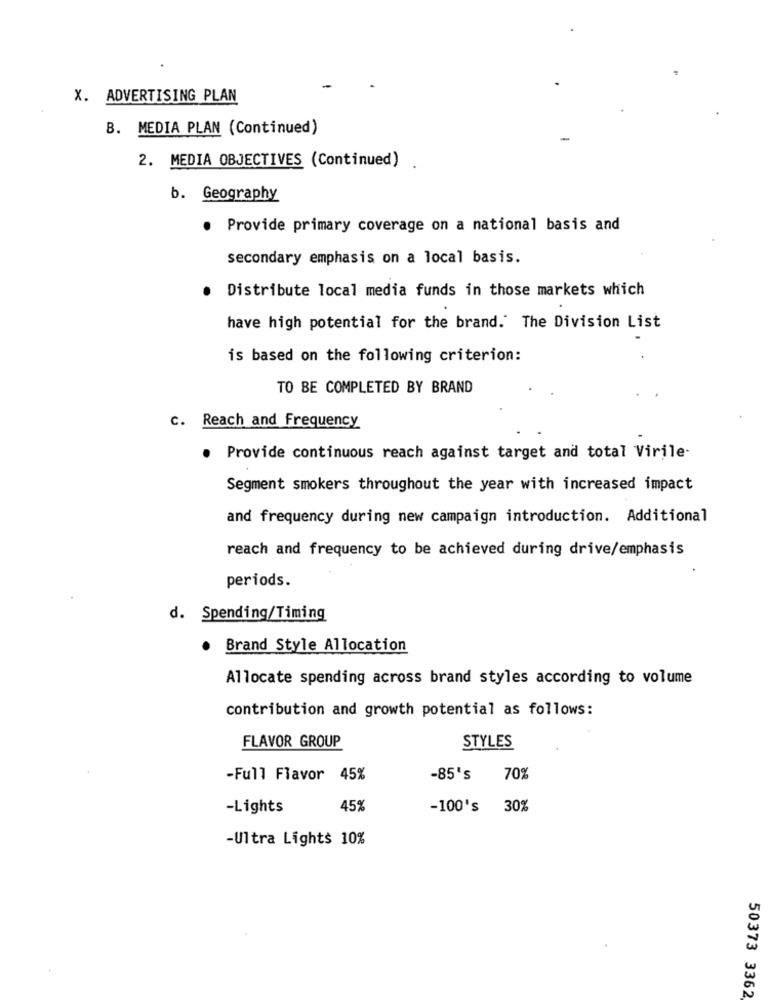
X. ADVERTISING PLAN
B. MEDIA PLAN (Continued)
2. MEDIA OBJECTIVES (Continued)
b. Geography
. Provide primary coverage on a national basis and
secondary emphasis on a local basis.
Distribute local media funds in those markets which
have high potential for the brand. The Division List
is based on the following criterion:
TO BE COMPLETED BY BRAND
c. Reach and Frequency
. Provide continuous reach against target and total Virile-
Segment smokers throughout the year with increased impact
and frequency during new campaign introduction. Additional
reach and frequency to be achieved during drive/emphasis
periods.
d. Spending/Timing
. Brand Style Allocation
Allocate spending across brand styles according to volume
contribution and growth potential as follows:
FLAVOR GROUP
STYLES
-Full Flavor 45%
-85's 70%
-Lights
45%
-100's 30%
-Ultra Lights 10%
50373 3362